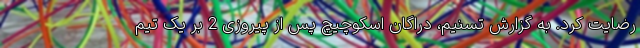
رضایت کرد. به گزارش تسنیم، دراگان اسکوچیچ پس از پیروزی 2 بر یک تیم